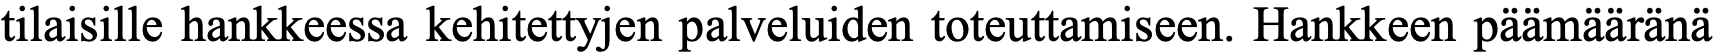
tilaisille hankkeessa kehitettyjen palveluiden toteuttamiseen. Hankkeen päämääränä